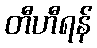
တီဟီရန်